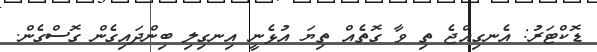
ޑޮކްޓަރު: އެނގިއްޖެ ތި ވާ ގޮތެއް ތިޔަ އުޅެނީ އިނގިލި ބިންދައިގެން ގޮސްގެން.